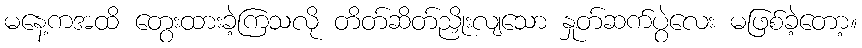
မနေ့ကအထိ တွေးထားခဲ့ကြသလို တိတ်ဆိတ်ညှိုးလျသော နှုတ်ဆက်ပွဲလေး မဖြစ်ခဲ့တော့။